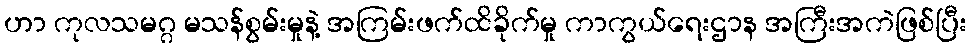
ဟာ ကုလသမဂ္ဂ မသန်စွမ်းမှုနဲ့ အကြမ်းဖက်ထိခိုက်မှု ကာကွယ်ရေးဌာန အကြီးအကဲဖြစ်ပြီး